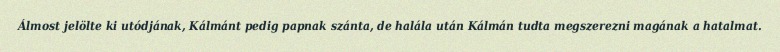
Álmost jelölte ki utódjának, Kálmánt pedig papnak szánta, de halála után Kálmán tudta megszerezni magának a hatalmat.